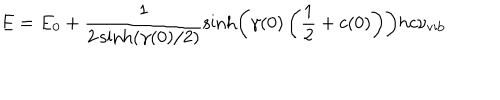
LaTeX: E = E _ { 0 } + \frac { 1 } { 2 \sinh ( \gamma ( 0 ) / 2 ) } \sinh \left( \gamma ( 0 ) \left( \frac { 1 } { 2 } + c ( 0 ) \right) \right) h c \nu _ { \mathrm { v i b } }